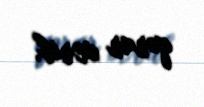
qərar verib.